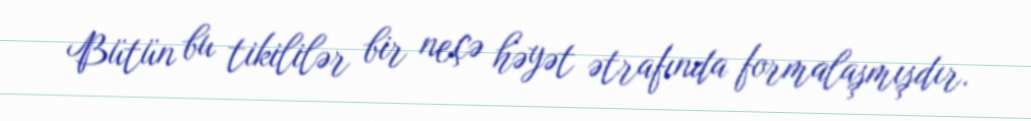
Bütün bu tikililər bir neçə həyət ətrafında formalaşmışdır.